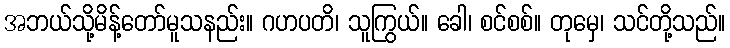
အဘယ်သို့မိန့်တော်မူသနည်း။ ဂဟပတိ၊ သူကြွယ်။ ခေါ၊ စင်စစ်။ တုမှေ၊ သင်တို့သည်။